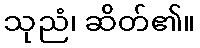
သုညံ၊ ဆိတ်၏။